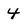
Character: 4